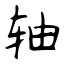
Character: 轴